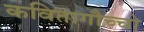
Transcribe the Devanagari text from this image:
कवितागौच्चो